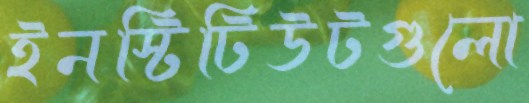
ইনস্টিটিউটগুলো